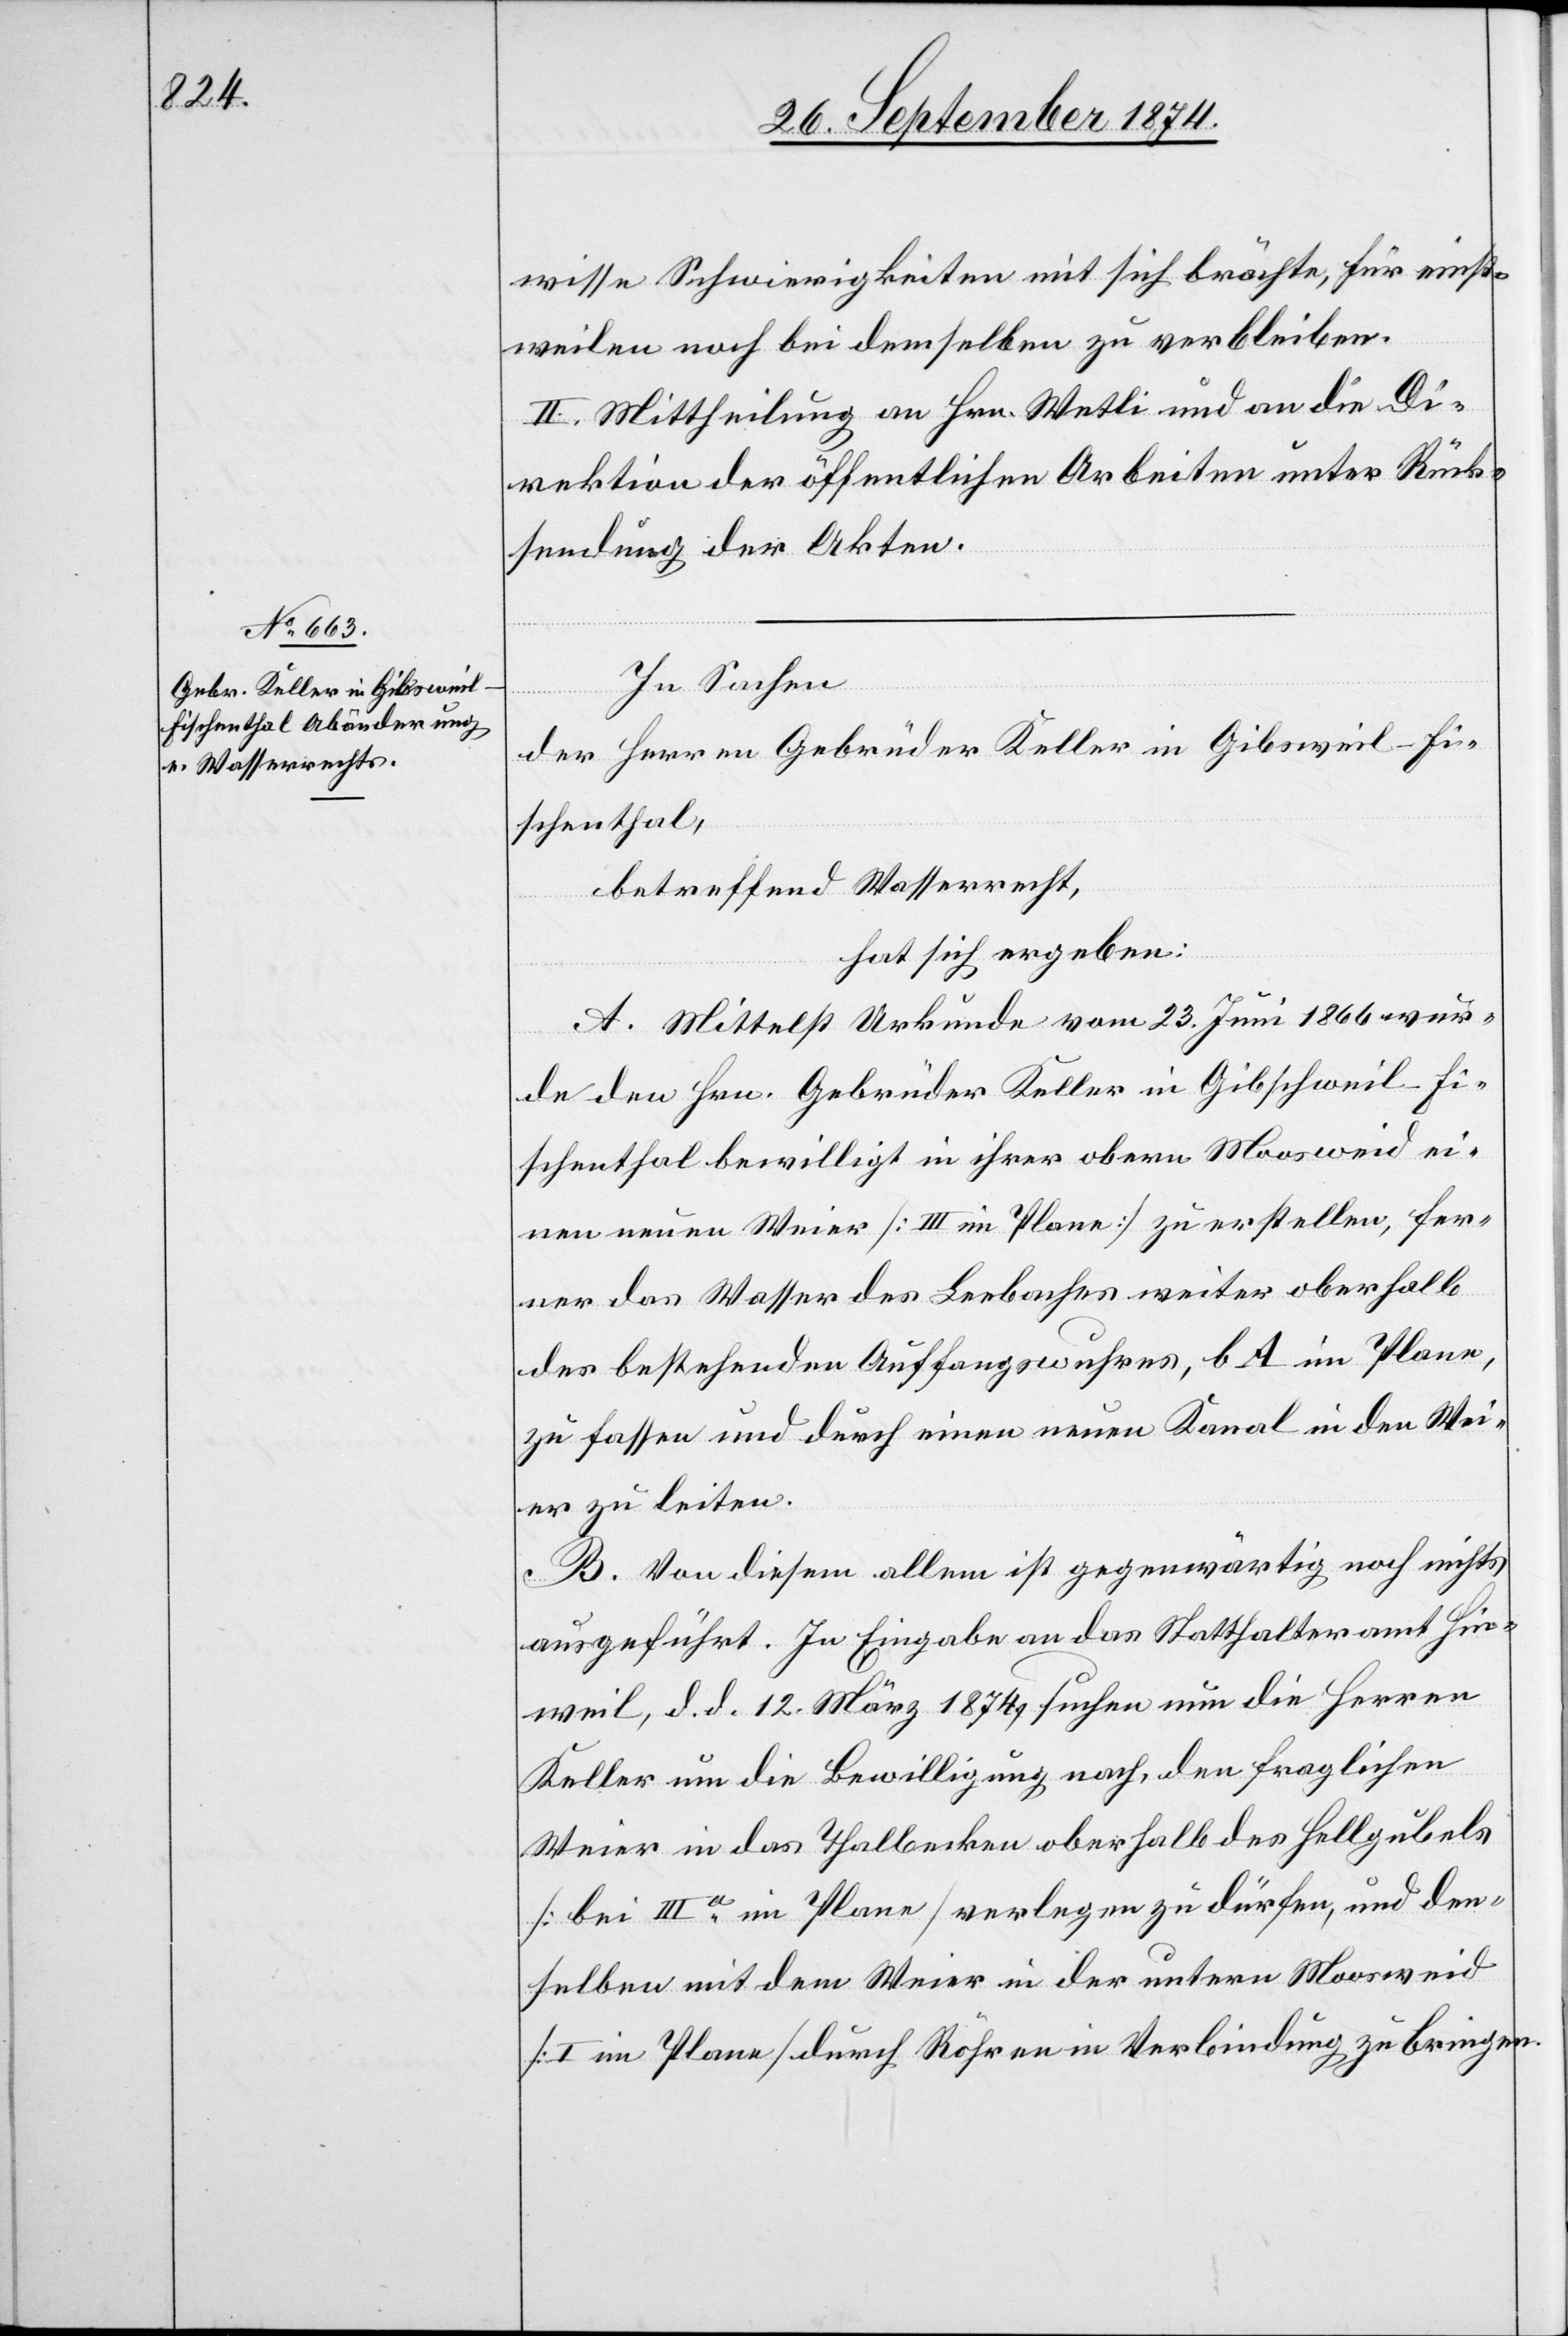
wisse Schwierigkeiten mit sich brächte, für einst¬
weilen noch bei demselben zu verbleiben.
II. Mittheilung an Hrn. Wetli und an die Di¬
rektion der öffentlichen Arbeiten unter Rück¬
sendung der Akten.
In Sachen
c!]-Fi¬
der Herren Gebrüder Keller in Gibsweil-Fi¬
schenthal,
betreffend Wasserrecht,
hat sich ergeben:
A. Mittelst Urkunde vom 23. Juni 1866 wur¬
de den Hrn. Gebrüder Keller in Gibschweil [si¬
schenthal bewilligt in ihrer obern Moosweid ei¬
nen neuen Weier [III im Plan] zu erstellen, fer¬
ner das Wasser des Leebaches weiter oberhalb
des bestehenden Auffangswuhres, b A im Plane,
zu fassen und durch einen neuen Kanal in den Wei¬
er zu leiten.
B. Von diesem allem ist gegenwärtig noch nichts
ausgeführt. In Eingabe an das Statthalteramt Hin¬
weil, d. d. 12. März 1874 suchen nun die Herren
Keller um die Bewilligung nach, den fraglichen
Weier in das Thalbecken oberhalb des Hellgubels
[bei IIIa im Plane] verlegen zu dürfen, und dem¬
selben mit dem Weier in der untern Moosweid
[I im Plane] durch Röhren in Verbindung zu bringen.